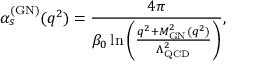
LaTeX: \alpha _ { s } ^ { ( \mathrm { G N ) } } ( q ^ { 2 } ) = \frac { 4 \pi } { \beta _ { 0 } \ln \left( \frac { q ^ { 2 } + M _ { \mathrm { G N } } ^ { 2 } ( q ^ { 2 } ) } { \Lambda _ { \mathrm { Q C D } } ^ { 2 } } \right) } ,